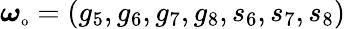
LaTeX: \boldsymbol{\omega}_{\textnormal{\scriptsize o}}=(g_{5},g_{6},g_{7},g_{8},s_{6},s_{7},s_{8})